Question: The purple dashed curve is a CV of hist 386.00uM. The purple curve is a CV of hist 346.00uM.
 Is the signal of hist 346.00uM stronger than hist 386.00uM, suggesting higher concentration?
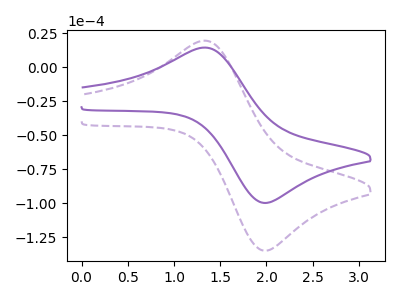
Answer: <think>The purple dashed curve "hist 386.00uM" has an anodic peak at (1.35V, 19.55uA) and a cathodic peak at (2.00V, -135.05uA). The purple curve "hist 346.00uM" has an anodic peak at (1.35V, 14.45uA) and a cathodic peak at (2.00V, -99.90uA).
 All the peaks in "hist 346.00uM" have a peak in "hist 386.00uM" at the same potential. Every peak in "hist 346.00uM" is lower than every peak in "hist 386.00uM".</think>
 <answer>"hist 346.00uM" has less signal than "hist 386.00uM" and so likely has a lower concentration.</answer>
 <eval>less_concentration</eval>